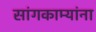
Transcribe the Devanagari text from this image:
सांगकाम्यांना